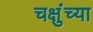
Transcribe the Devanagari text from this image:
चक्षुंच्या